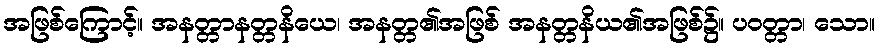
အဖြစ်ကြောင့်။ အနတ္တာနတ္တနိယေ၊ အနတ္တ၏အဖြစ် အနတ္တနိယ၏အဖြစ်၌။ ပဝတ္တာ၊ သော။